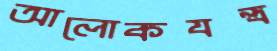
আলোকযন্ত্র